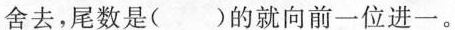
舍去，尾数是( )的就向前一位进一。